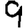
Digit: 9